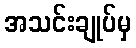
အသင်းချုပ်မှ